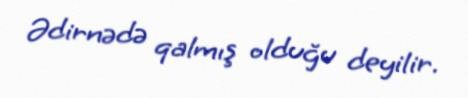
Ədirnədə qalmış olduğu deyilir.